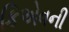
કિએવની